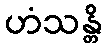
ဟံသန္တိ